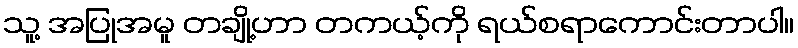
သူ့ အပြုအမူ တချို့ဟာ တကယ့်ကို ရယ်စရာကောင်းတာပါ။